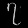
Digit: ၇